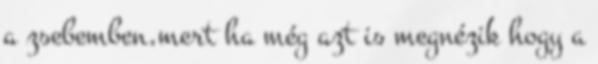
a zsebemben,mert ha még azt is megnézik hogy a